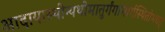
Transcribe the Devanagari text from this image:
आदायास्थीन्यथोमातुर्गंगामार्गस्थितोभवत्